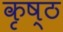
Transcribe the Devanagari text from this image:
कृष्ठ